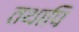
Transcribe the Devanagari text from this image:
तथापि